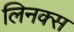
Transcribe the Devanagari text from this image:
लिनक्‍स